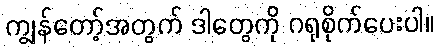
ကျွန်တော့်အတွက် ဒါတွေကို ဂရုစိုက်ပေးပါ။